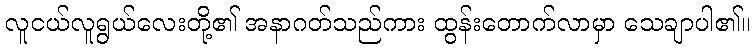
လူငယ်လူရွယ်လေးတို့၏ အနာဂတ်သည်ကား ထွန်းတောက်လာမှာ သေချာပါ၏။